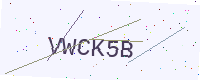
Text: VWCK5B